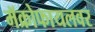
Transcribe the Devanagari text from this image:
मॅक्रोफायलवर